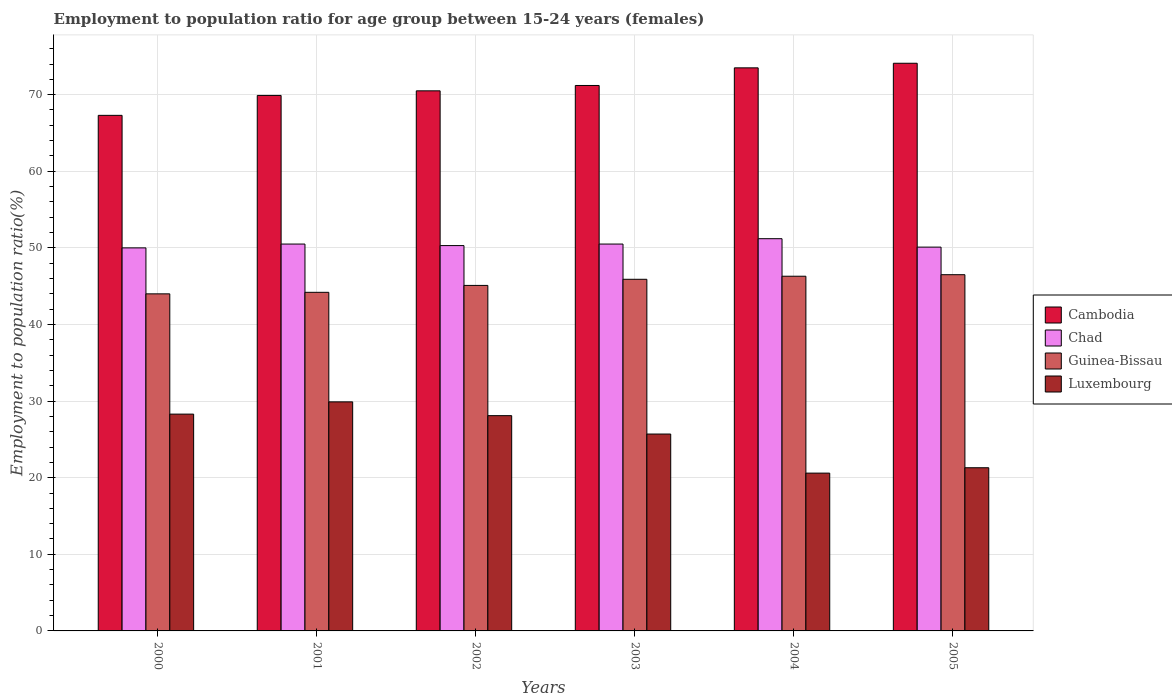
| Years | Cambodia | Chad | Guinea-Bissau | Luxembourg |
 | --- | --- | --- | --- | --- |
 | 2000 | 67.3 | 50 | 44 | 28.3 |
 | 2001 | 69.9 | 50.5 | 44.2 | 29.9 |
 | 2002 | 70.5 | 50.3 | 45.1 | 28.1 |
 | 2003 | 71.2 | 50.5 | 45.9 | 25.7 |
 | 2004 | 73.5 | 51.2 | 46.3 | 20.6 |
 | 2005 | 74.1 | 50.1 | 46.5 | 21.3 |